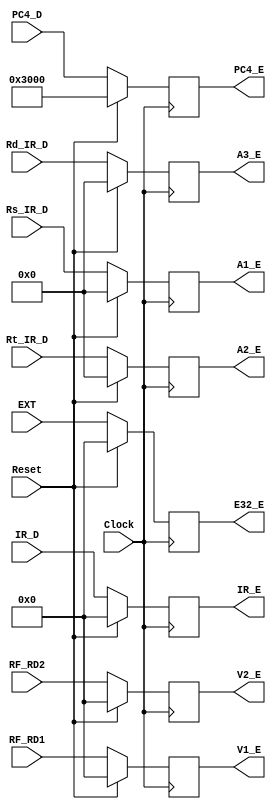
`timescale 1ns / 1ps
//////////////////////////////////////////////////////////////////////////////////
// Company: 
// Engineer: 
// 
// Design Name: 
// Module Name:    Reg_E 
// Project Name: 
// Target Devices: 
// Tool versions: 
// Description: 
//
// Dependencies: 
//
// Revision: 
// Revision 0.01 - File Created
// Additional Comments: 
//
//////////////////////////////////////////////////////////////////////////////////
module Reg_E(
    input Clock,
    input Reset,
    input [31:0] IR_D,
    input [31:0] RF_RD1,
    input [31:0] RF_RD2,
    input [31:0] PC4_D,
    input [31:0] EXT,
    input [4:0] Rs_IR_D,
    input [4:0] Rt_IR_D,
    input [4:0] Rd_IR_D,
    output reg [31:0] IR_E,
    output reg [31:0] V1_E,
    output reg [31:0] V2_E,
    output reg [4:0] A1_E,
    output reg [4:0] A2_E,
    output reg [4:0] A3_E,
    output reg [31:0] E32_E,
    output reg [31:0] PC4_E
    );
	
	always @ (posedge Clock) begin
		if(Reset == 1) begin
			IR_E 	<= 0;
			V1_E 	<= 0;
			V2_E 	<= 0;
			A1_E 	<= 0;
			A2_E 	<= 0;
			A3_E 	<= 0;
			E32_E <= 0;
			PC4_E <= 32'h0000_3000;
		end
		else begin
			IR_E 	<= IR_D;
			V1_E 	<= RF_RD1;
			V2_E 	<= RF_RD2;
			A1_E 	<= Rs_IR_D;
			A2_E 	<= Rt_IR_D;
			A3_E 	<= Rd_IR_D;
			E32_E <= EXT;
			PC4_E <= PC4_D;
		end
	end

endmodule